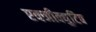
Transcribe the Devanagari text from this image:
एक्जीक्युटिव